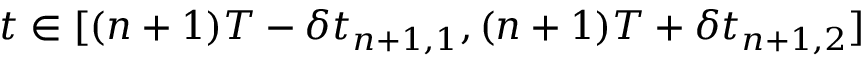
t \in [ ( n + 1 ) T - \delta t _ { n + 1 , 1 } , ( n + 1 ) T + \delta t _ { n + 1 , 2 } ]